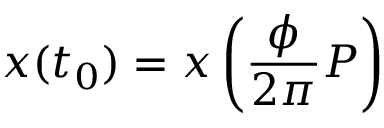
\boldsymbol { x } ( t _ { 0 } ) = \boldsymbol { x } \left( \frac { \phi } { 2 \pi } P \right)